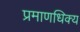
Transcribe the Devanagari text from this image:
प्रमाणधिक्य